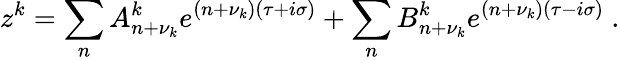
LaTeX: z^{k}=\sum_{n}A_{n+\nu_{k}}^{k}e^{(n+\nu_{k})(\tau+i\sigma)}+\sum_{n}B_{n+\nu_{k}}^{k}e^{(n+\nu_{k})(\tau-i\sigma)}\ .